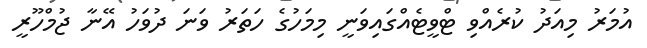
އުމަރު މިއަދު ކުރެއްވި ޓްވީޓެއްގައިވަނީ މިމަހުގެ ހަތަރު ވަނަ ދުވަހު އޭނާ ޖުމްހޫރީ